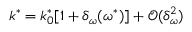
k ^ { * } = k _ { 0 } ^ { * } [ 1 + \delta _ { \omega } ( \omega ^ { * } ) ] + \mathcal { O } ( \delta _ { \omega } ^ { 2 } )